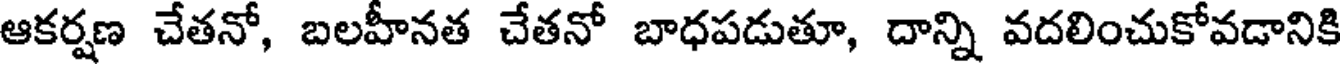
ఆకర్షణ చేతనో, బలహీనత చేతనో బాధపడుతూ, దాన్ని వదలించుకోవడానికి